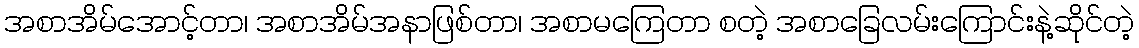
အစာအိမ်အောင့်တာ၊ အစာအိမ်အနာဖြစ်တာ၊ အစာမကြေတာ စတဲ့ အစာခြေလမ်းကြောင်းနဲ့ဆိုင်တဲ့